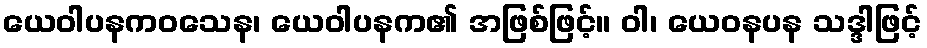
ယေဝါပနကဝသေန၊ ယေဝါပနက၏ အဖြစ်ဖြင့်။ ဝါ၊ ယေဝနပန သဒ္ဒါဖြင့်